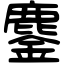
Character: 鏖